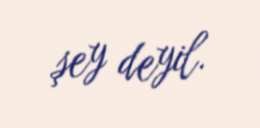
şey deyil.